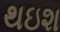
થઇશ